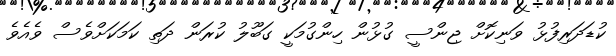
ކުޑަދަރިފުޅު ވަނިކޮށް ޖިންސީ ގުޅުން ހިންގުމަކީ ގަބޫލު ކުރަން ދަތި ކަމަކަށްވެސް ވެއެވެ